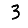
Digit: 3